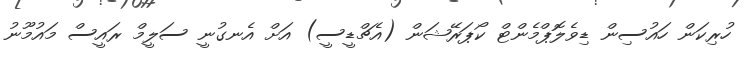
ހުރިކަން ހައުސިން ޑިވެލޮޕްމެންޓް ކޯޕަރޭޝަން (އެޗްޑީސީ) އަށް އެނގުނީ ސަލީމް ރައީސް މައުމޫނު